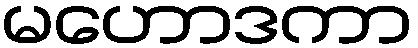
မဟောဒကာ